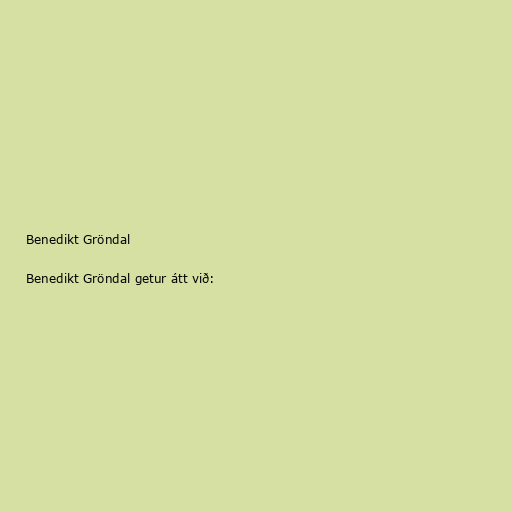
Benedikt Gröndal

Benedikt Gröndal getur átt við: